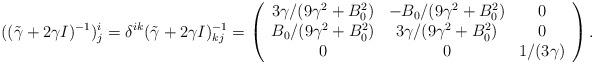
LaTeX: \begin{align*}((\tilde \gamma+2\gamma I)^{-1})^i_j=\delta^{ik}(\tilde \gamma+2\gamma I)^{-1}_{kj}=\left( \begin{array}{ccc}3\gamma/(9\gamma^2+B_0^2)&-B_0/(9\gamma^2+B_0^2)&0 \\B_0/(9\gamma^2+B_0^2)& 3\gamma/(9\gamma^2+B_0^2)&0\\0&0&1/(3\gamma) \end{array} \right).\end{align*}